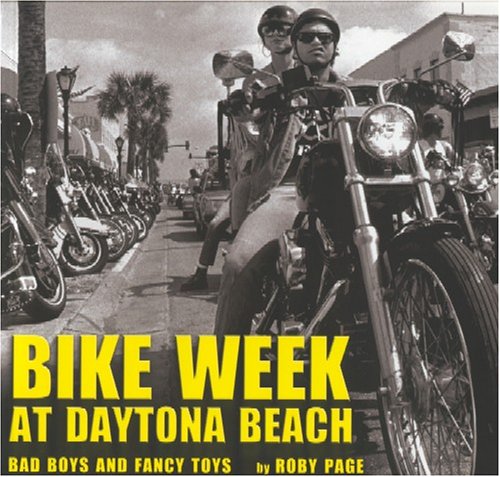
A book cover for Bike Week at Daytona Beach: Bad Boys and Fancy Toys; Roby Page; Travel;